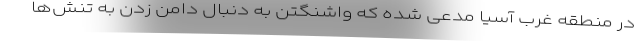
در منطقه غرب آسیا مدعی شده که واشنگتن به دنبال دامن زدن به تنش‌ها